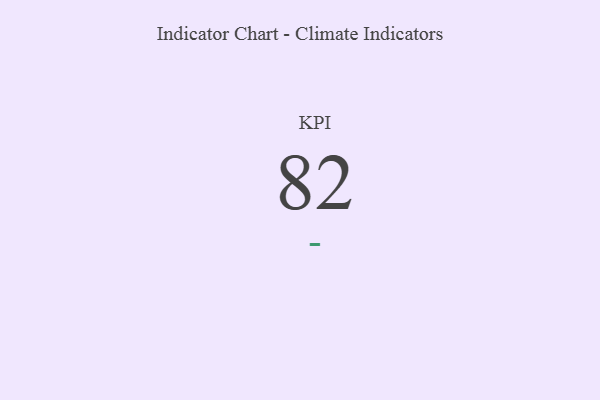
{"axis": {"x": "KPI", "y": "Value"}, "legend": [""], "data": [{"x": "KPI", "y": 82, "type": ""}]}